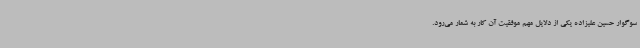
سوگوار حسین علیزاده یکی از دلایل مهم موفقیت آن کار به شمار می‌رود.